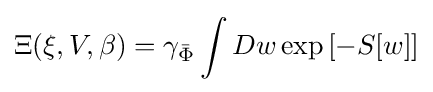
\Xi (\xi ,V,\beta )=\gamma _{\bar {\Phi }}\int Dw\exp \left[-S[w]\right]